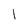
Character: l